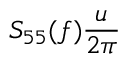
\displaystyle S _ { 5 5 } ( f ) \frac { u } { 2 \pi }